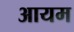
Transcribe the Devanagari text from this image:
आयम